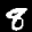
Label: 8